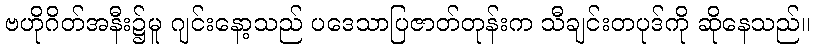
ဗဟိုဂိတ်အနီး၌မူ ဂျင်းနော့သည် ပဒေသာပြဇာတ်တုန်းက သီချင်းတပုဒ်ကို ဆိုနေသည်။